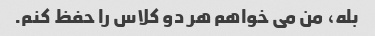
بله، من می خواهم هر دو کلاس را حفظ کنم.